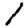
Digit: 1